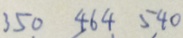
3 5 0 4 6 4 5 4 0